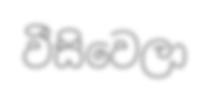
වීසිවෙලා